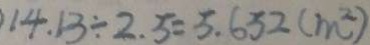
1 4 . 1 3 \div 2 . 5 = 5 . 6 5 2 ( m ^ { 2 } )